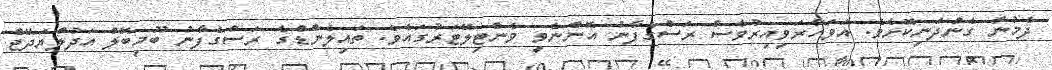
ދެމުން ގެންދަނިކޮށެވެ. އަވަހާރަވިއިރުވެސް ރަސްގެފާނު އޮންނެވީ ވެންޓިލޭޓަރުގައެވެ. ތައިލެންޑްގެ ރަސްގެފާނު ބޫމިބޮލް އަދުލްޔަދޭޖް